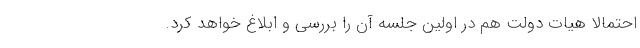
احتمالا هیات دولت هم در اولین جلسه آن را بررسی و ابلاغ خواهد کرد.